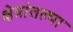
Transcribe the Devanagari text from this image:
क्षेत्रांतल्या